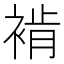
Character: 褃